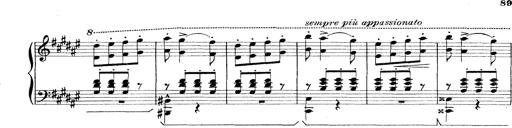
Title: Rapsodie: 19 ungheresi, 1 spagnuola
Composer: Franz Liszt